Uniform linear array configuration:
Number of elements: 4
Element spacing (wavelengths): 0.5
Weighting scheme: binomial
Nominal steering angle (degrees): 45
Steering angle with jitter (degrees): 43.378
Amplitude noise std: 0.05
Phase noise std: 0.05

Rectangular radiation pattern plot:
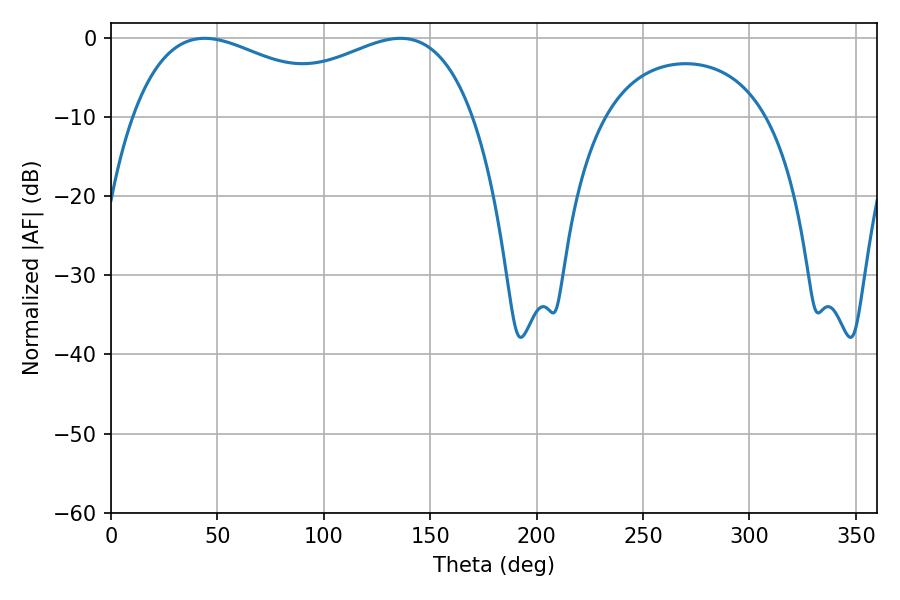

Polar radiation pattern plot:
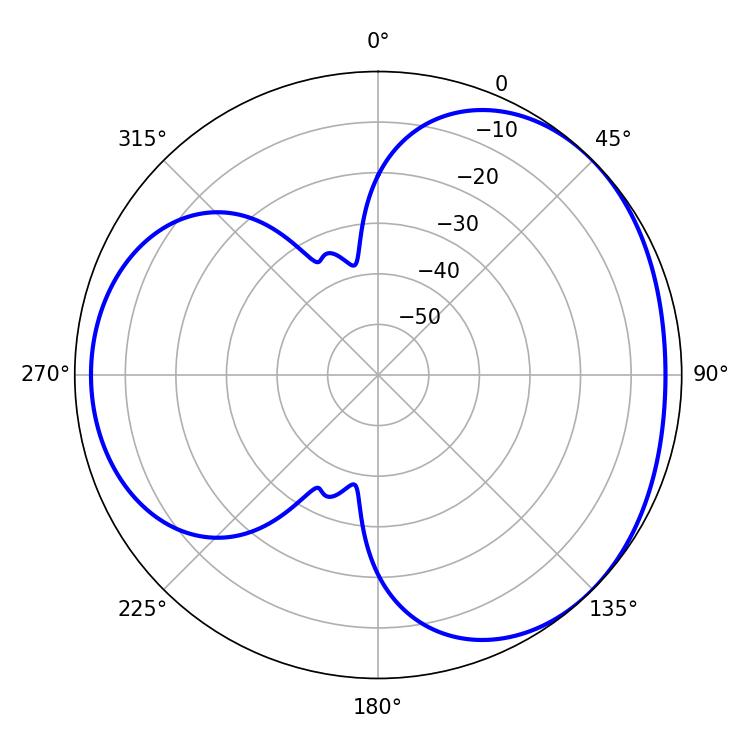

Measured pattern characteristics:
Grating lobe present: FALSE
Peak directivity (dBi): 3.3
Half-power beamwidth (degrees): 58.5
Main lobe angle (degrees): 43.92